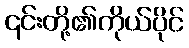
၎င်းတို့၏ကိုယ်ပိုင်